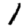
Digit: 1